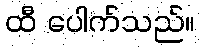
ထီ ပေါက်သည်။